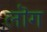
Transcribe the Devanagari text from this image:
लॊग